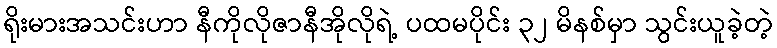
ရိုးမားအသင်းဟာ နီကိုလိုဇာနီအိုလိုရဲ့ ပထမပိုင်း ၃၂ မိနစ်မှာ သွင်းယူခဲ့တဲ့